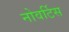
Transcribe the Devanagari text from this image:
नोवर्टिस